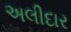
અલીદાર